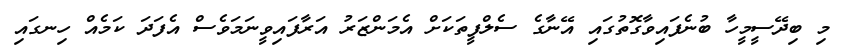
މި ބިދޭސީމީހާ ބުނެފައިވާގޮތުގައި އޭނާގެ ސެލްފީތަކަށް އެމަންޒަރު އަރާފައިވީނަމަވެސް އެފަދަ ކަމެއް ހިނގައި